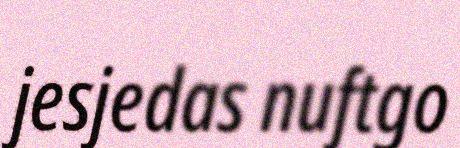
jesjedas nuftgo